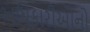
અધિકારીઓનો